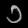
Digit: ၁